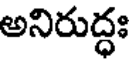
అనిరుద్ధః